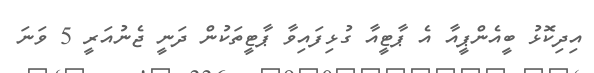
އިދިކޮޅު ބީއެންޕީއާ އެ ޕާޓީއާ ގުޅިފައިވާ ޕާޓީތަކުން ދަނީ ޖެނުއަރީ 5 ވަނަ